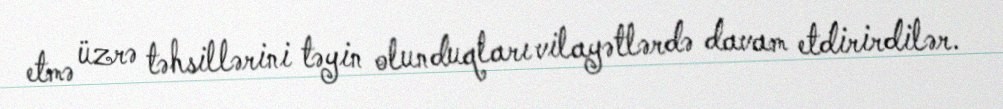
etmə üzrə təhsillərini təyin olunduqları vilayətlərdə davam etdirirdilər.